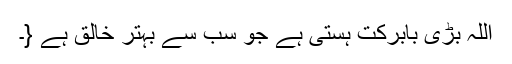
اللہ بڑی بابرکت ہستی ہے جو سب سے بہتر خالق ہے {۔